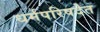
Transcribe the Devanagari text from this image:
धर्मपरिषदेत